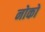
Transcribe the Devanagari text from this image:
नोको